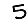
Digit: 5